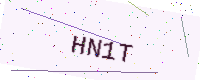
Text: HN1T